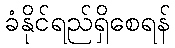
ခံနိုင်ရည်ရှိစေရန်